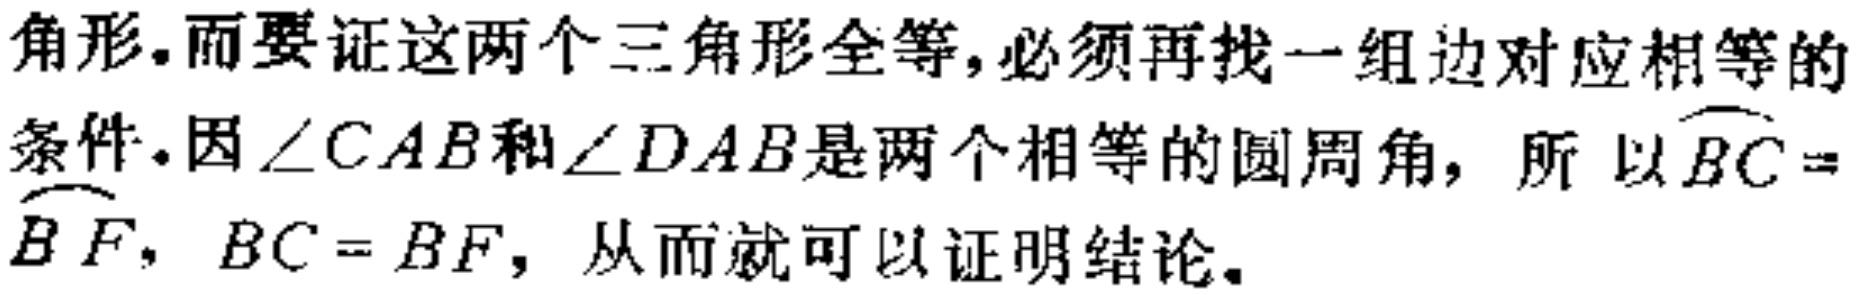
角形.而要证这两个三角形全等,必须再找一组边对应相等的条件.因$\angle CAB$和$\angle DAB$是两个相等的圆周角，所以$\overset{\frown}{BC} = \overset{\frown}{BF}$，$BC = BF$，从而就可以证明结论.